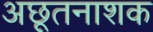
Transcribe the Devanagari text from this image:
अछूतनाशक